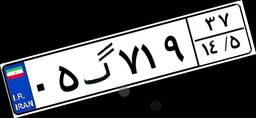
۰۵گ۷۱۹۳۷